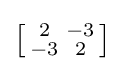
\left[{\begin{smallmatrix}2&-3\\-3&2\end{smallmatrix}}\right]